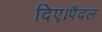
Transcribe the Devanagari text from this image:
दिए।पैदल